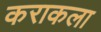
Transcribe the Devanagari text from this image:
कराकला